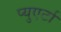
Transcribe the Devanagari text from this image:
प्युएर्टा